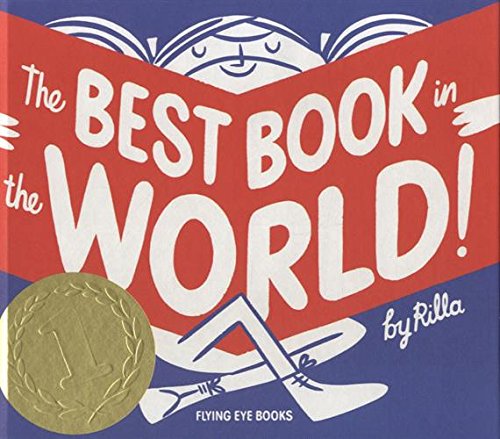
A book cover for The Best Book in the World; Rilla Alexander; Reference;